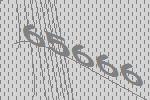
65666